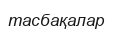
тасбақалар